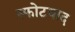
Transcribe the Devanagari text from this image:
स्फोटबाद